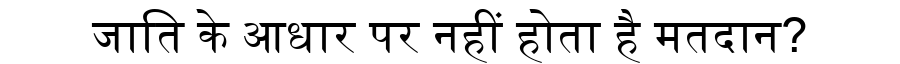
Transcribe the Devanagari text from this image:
जाति के आधार पर नहीं होता है मतदान?